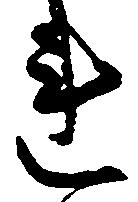
連